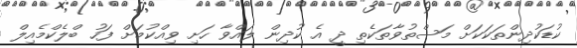
ކުޑަކުދިންތަކަކަށް މަސްތުވާތަކެތި ދީ އެ ކުދިން ލައްވާ ހަށި ވިއްކުމަށް ފަހު ބްލެކްމެއިލް